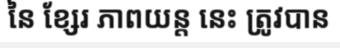
នៃ ខ្សែរ ភាពយន្ត នេះ ត្រូវបាន